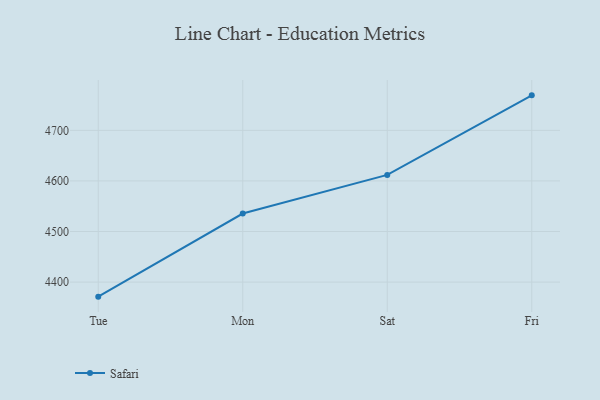
{"axis": {"x": "Day", "y": "Conversion Rate (%)"}, "legend": ["Safari"], "data": [{"x": "Tue", "y": 4371.2, "type": "Safari"}, {"x": "Mon", "y": 4535.5, "type": "Safari"}, {"x": "Sat", "y": 4611.9, "type": "Safari"}, {"x": "Fri", "y": 4769.2, "type": "Safari"}]}